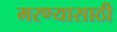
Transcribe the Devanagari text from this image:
मरण्यासाठी